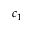
c _ { 1 }